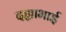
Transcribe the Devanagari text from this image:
दह्याभाई